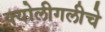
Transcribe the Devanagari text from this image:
क्योलीगलीचे